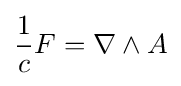
{\frac {1}{c}}F=\nabla \wedge A